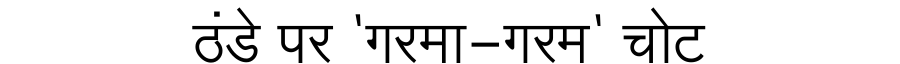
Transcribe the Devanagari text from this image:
ठंडे पर 'गरमा-गरम' चोट